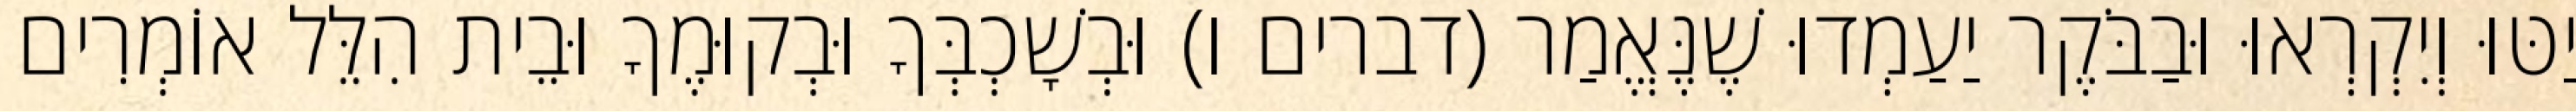
יַטּוּ וְיִקְרְאוּ וּבַבֹּקֶר יַעַמְדוּ שֶׁנֶּאֱמַר (דברים ו) וּבְשָׁכְבְּךָ וּבְקוּמֶךָ וּבֵית הִלֵּל אוֹמְרִים